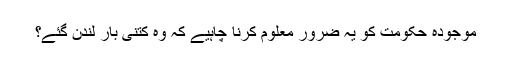
موجودہ حکومت کو یہ ضرور معلوم کرنا چاہیے کہ وہ کتنی بار لندن گئے؟